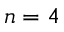
n = 4